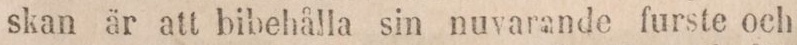
skan är att bibehålla sin nuvarande furste och